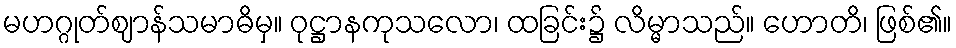
မဟဂ္ဂုတ်ဈာန်သမာဓိမှ။ ဝုဋ္ဌာနကုသလော၊ ထခြင်း၌ လိမ္မာသည်။ ဟောတိ၊ ဖြစ်၏။